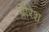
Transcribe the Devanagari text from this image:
बीरेश